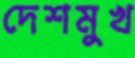
দেশমুখ